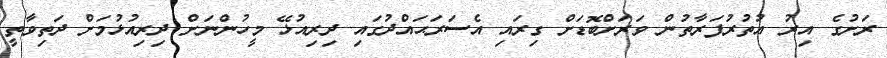
ރަށުގެ އިރު އުތުރުފަރާތުން ވަރަށްބޮޑަށް ގިރައި އެސަރަޙައްދުގައި ދިރިއުޅޭ މީހުންނަށް ދިރިއުޅުމަށް ދަތިވާތީ